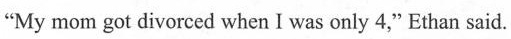
"My mom got divorced when I was only 4," Ethan said.